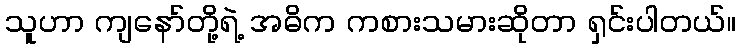
သူဟာ ကျနော်တို့ရဲ့ အဓိက ကစားသမားဆိုတာ ရှင်းပါတယ်။